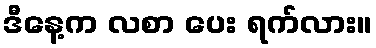
ဒီနေ့က လစာ ပေး ရက်လား။